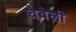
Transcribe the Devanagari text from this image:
चेवेली